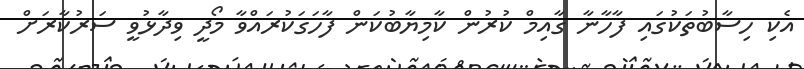
އެކި ހިސާބުތަކުގައި ފާހާނާ ގާއިމް ކުރުން ކާމިޔާބުކަން ފާހަގަކުރައްވާ މޯދީ ވިދާޅުވީ ސަރުކާރަށް